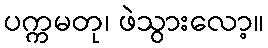
ပက္ကမတု၊ ဖဲသွားလော့။